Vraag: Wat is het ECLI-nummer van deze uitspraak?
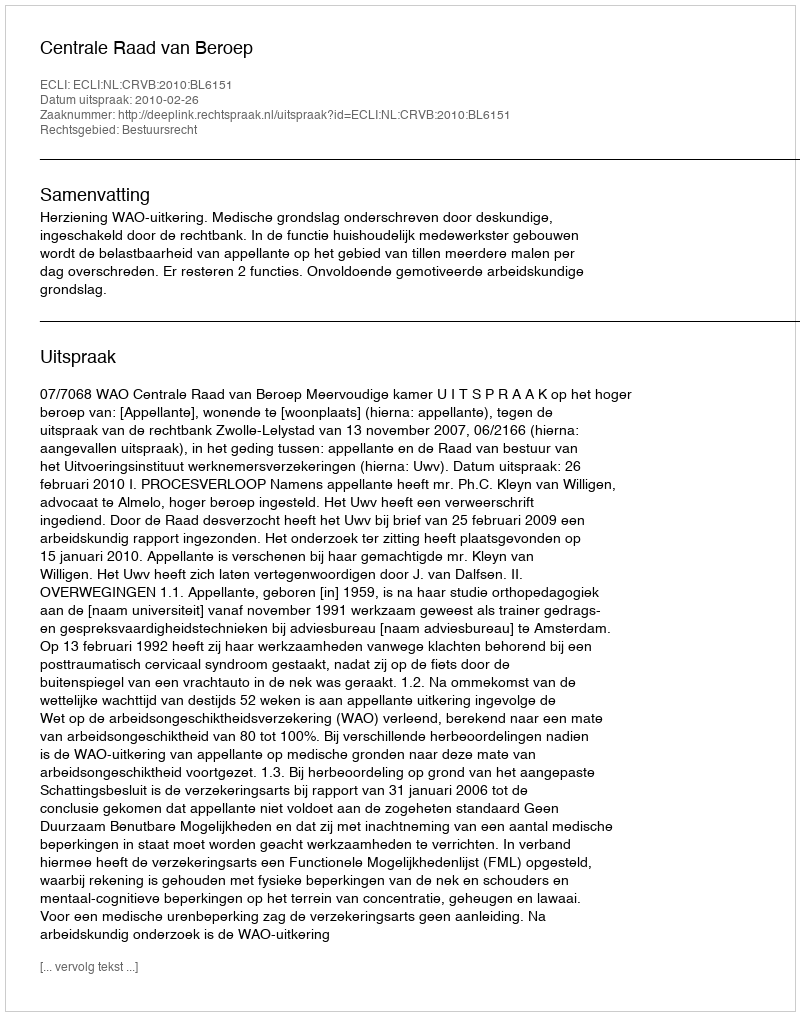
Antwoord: ECLI:NL:CRVB:2010:BL6151